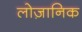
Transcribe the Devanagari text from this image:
लोज़ानिक